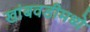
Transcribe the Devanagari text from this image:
खांबवडीमध्ये